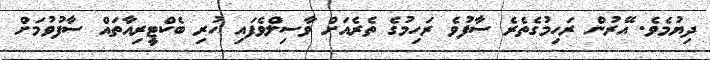
ދިޔުމެވެ. އޭރުން ރަހިމުގެތެރެ ސާފުވެ ރަހިމުގެ ތެރެއަށް ވާސިލްވެފައި ހުރި ބެކްޓީރިއާތައް ސާފުވުމަށް